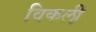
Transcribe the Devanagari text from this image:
विकली़